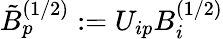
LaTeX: \tilde{B}_{p}^{(1/2)}:=U_{ip}B_{i}^{(1/2)}